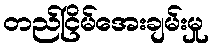
တည်ငြိမ်အေးချမ်းမှု